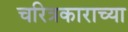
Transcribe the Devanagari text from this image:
चरित्रकाराच्या